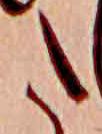
た